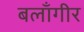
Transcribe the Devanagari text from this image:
बलाँगीर